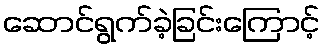
ဆောင်ရွက်ခဲ့ခြင်းကြောင့်